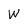
Character: W